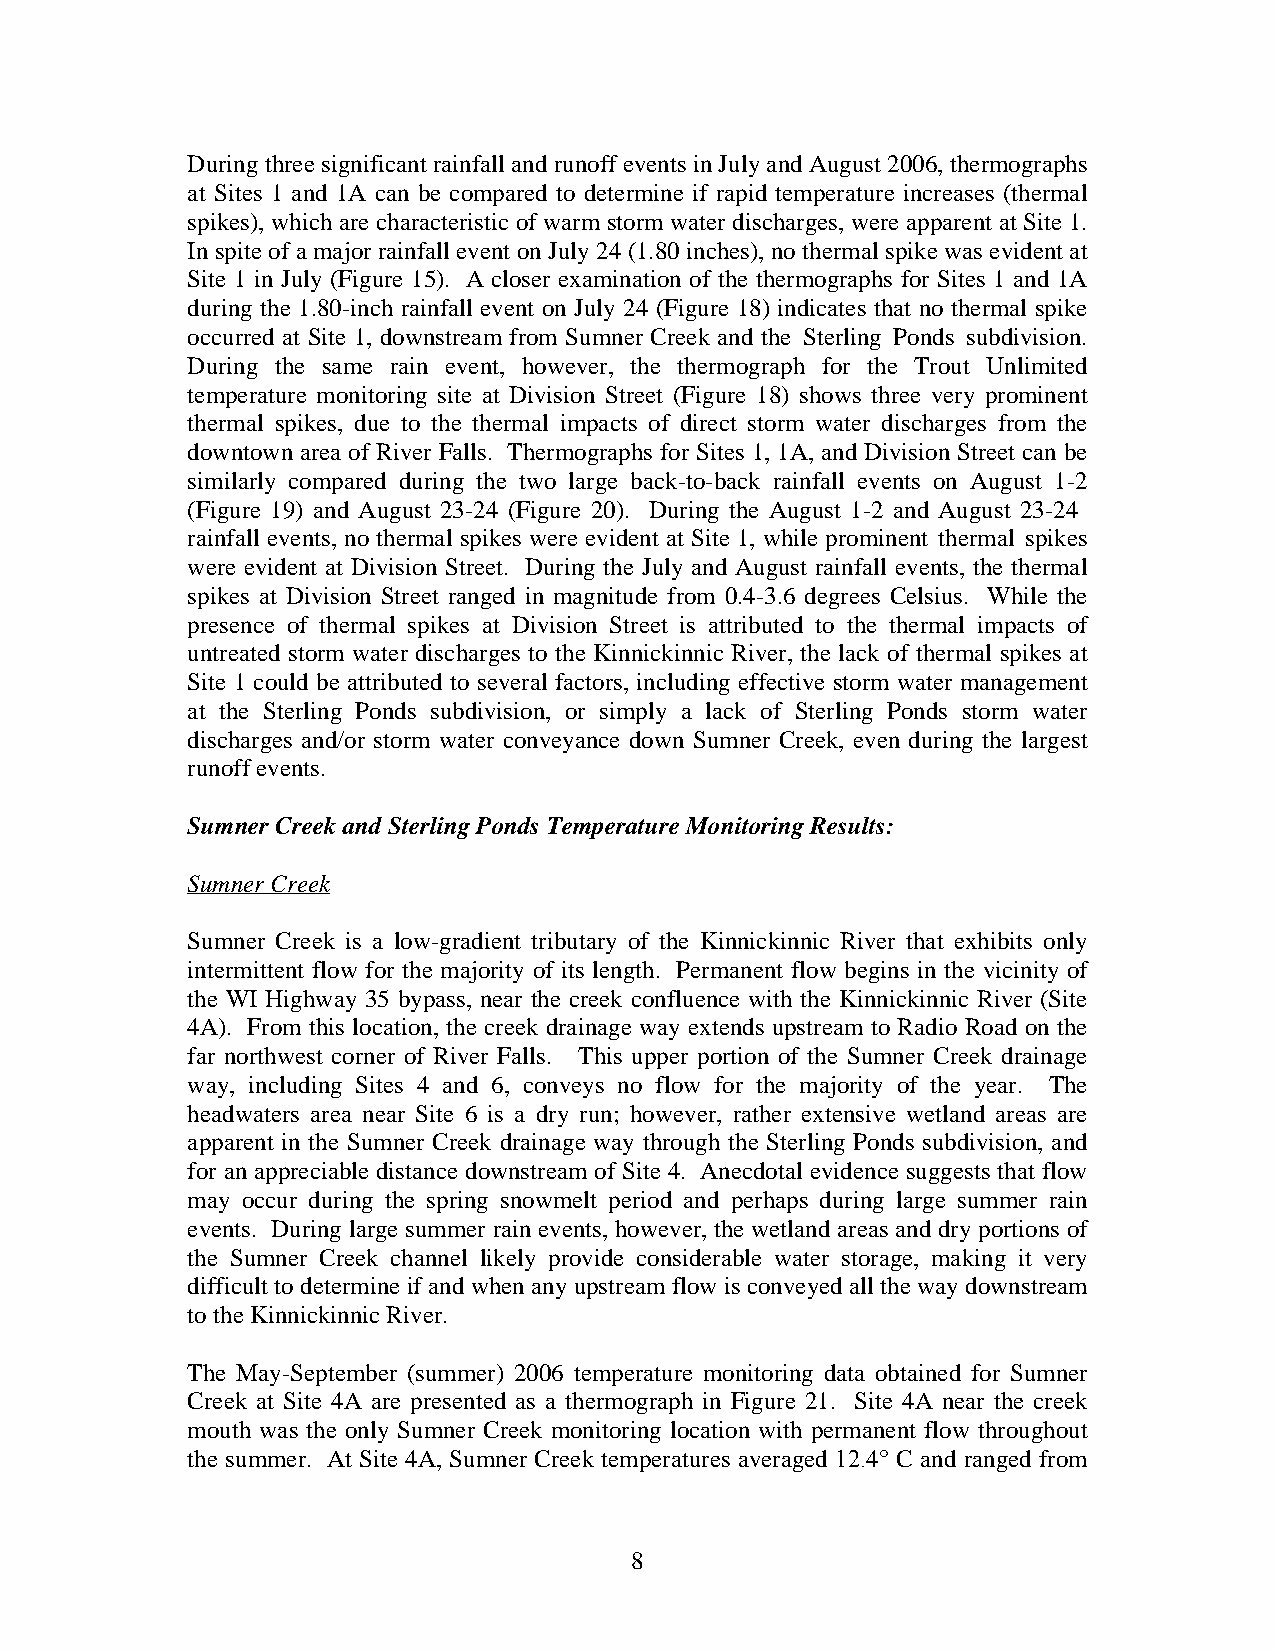
During three significant ra infall a nd runoff e vents in J uly and August 2006, thermographs
 at Sites 1 and 1A can be compared to determine if rapid temperature increases (thermal
 spikes), which are characteristic of warm storm water discharges, were apparent at Site 1 .
 In spite of a major rainfall event on July 24 (1.80 inches) , no thermal spik e was evident at
 Site 1 in July (Figure 15 ). A closer examination of the thermog raphs for Sites 1 and 1A
 during the 1.80- inch rainf all e vent on July 24 (Figure 18 ) indicates that no thermal spike
 occurred at Site 1, downstream from Sumner Creek and the Sterling Ponds subdivision.
 D uring the same rain event , h owever, the thermograph for the Trout Unlimited
 temperature monitoring site at Division Street (Figu re 18) shows three very prominent
 thermal spikes , due to t he thermal impacts of d irect storm water discharges from the
 downtown area of R iver Falls. Thermographs for Sites 1, 1A , and Division Street can be
 similarly compared during the t wo large back-to-back r ainfall events on August 1-2
 (Figure 19 ) and August 23-24 (Figure 20 ) . During the August 1-2 and August 23-24
 rain fall events, no thermal spikes we re evident at Site 1, while p rominent thermal spikes
 wer e evident at Division Street. D uring the July and August rainfall events, th e thermal
 spikes at Division Street ranged in magnitude from 0.4-3.6 degrees Celsius. While the
 presence of thermal spikes at Division Street is attributed to the thermal impacts of
 untreated storm water discharges to the Kinnickinnic River , the lack of thermal spikes at
 Site 1 could be attributed to several factors, including effective storm water management
 at the Sterling Ponds subdivision, or simply a lack of Sterling Ponds storm water
 discharges and/or storm water conveyance down Sumner Creek, even during the largest
 runoff events.
 Sumner Creek and Sterling Ponds Temperature Monitoring Results:
 Sumner Creek
 Sumner Creek is a low-gradient tributary of the Kinnickinnic River that exhibits only
 intermittent flow for the majority of its length. Permanent flow begins in the vicinity of
 the WI Highway 35 bypass, near the creek confluence with the Kinnickinnic River (Site
 4A). From this location, the creek drainage way extends upstream to Radio Road on the
 far northwest corner of River Falls. This upper portion of the Sumner Creek drainage
 way, including Sites 4 and 6, conveys no flow for the majority of the year. The
 headwaters area near Site 6 is a dry run; however, rather extensive wetland areas are
 apparent in the Sumner Creek drainage way through the Sterling Ponds subdivision, and
 for an appreciab le distance downstream of Site 4. Anecdotal evidence suggests that flow
 may occur during the spring snowmelt period and perhaps during large summer rain
 events. During large summer rain events, however, the wetland areas and dry portions of
 the Sumner Creek channel likely provide considerable water storage, making it very
 difficult to determine if and when any upstream flow is conveyed all the way downstream
 to the Kinnickinnic River.
 The May-September ( summer) 2 006 temperature monitoring data obtained for Sumner
 Creek at Site 4A are presente d as a thermograph in Figure 21 . Site 4A nea r the creek
 mouth was the only S umner Creek m onitoring l ocation with permanent flow throughout
 the summer. A t Site 4A, Sumner Creek temp eratures averaged 12.4° C and ranged from
 8